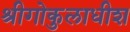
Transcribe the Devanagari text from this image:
श्रीगोकुलाधीश